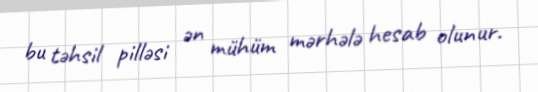
bu təhsil pilləsi ən mühüm mərhələ hesab olunur.